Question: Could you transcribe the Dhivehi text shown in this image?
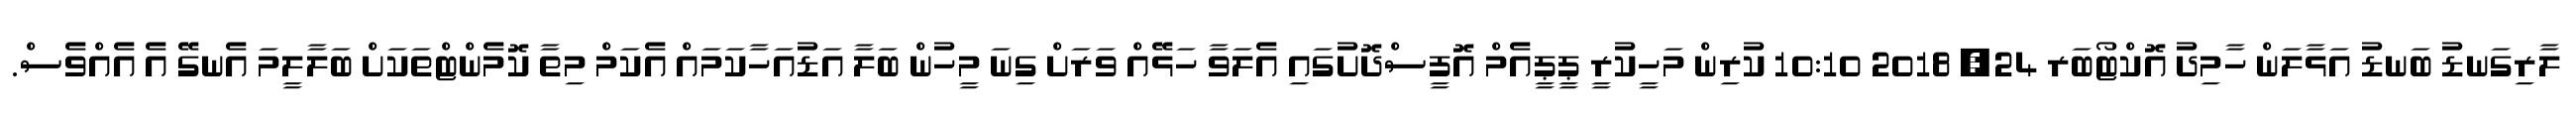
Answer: ލާރިގަނޑު ބަނޑު އަޅާލަން ހާމިދު އޮކްޓޯބަރ 24, 2018 10:10 ކުރިން މަހީކުރީ ޕީޕީއެމް އޮފީސްދޮށުގައި އެލަވާ ހަޅޭއް ވަރަށް ގިނަ މީހުން ބަލާ އަޑުއަހާކަމައް އެކަމް މިތާ ކޮމެންޓްތަކަށް ބަލާލީމަ އެނގޭ އެ އެއްވެސް.